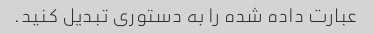
عبارت داده شده را به دستوری تبدیل کنید.